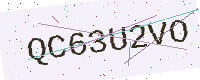
Text: QC63U2VO